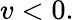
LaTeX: v<0.